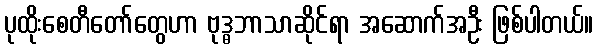
ပုထိုးစေတီတော်တွေဟာ ဗုဒ္ဓဘာသာဆိုင်ရာ အဆောက်အဦး ဖြစ်ပါတယ်။